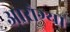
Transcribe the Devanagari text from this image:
आरोग्य।